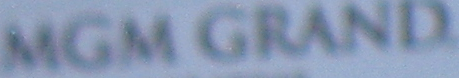
MGM GRAND